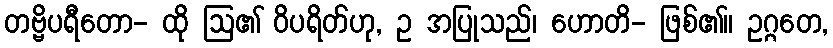
တဗ္ဗိပရီတော- ထို ဩ၏ ဝိပရိတ်ဟု, ဥ အပြုသည်၊ ဟောတိ- ဖြစ်၏။ ဥဂ္ဂတေ,